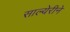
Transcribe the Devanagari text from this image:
साल्येरीने